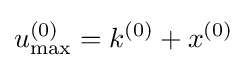
u_{\max }^{(0)}=k^{(0)}+x^{(0)}